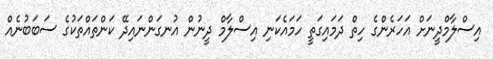
އިސްލާމްދީނަށް އަހަރެންގެ ހިތް ދަމައިގަތީ ހަމައެކަނި އިސްލާމް ދީނުން އުނގަންނައިދޭ ކަންތައްތަކުގެ ސަބަބުނެއް